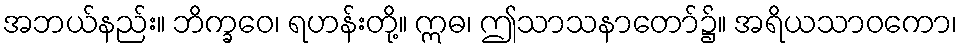
အဘယ်နည်း။ ဘိက္ခဝေ၊ ရဟန်းတို့။ ဣဓ၊ ဤသာသနာတော်၌။ အရိယသာဝကော၊